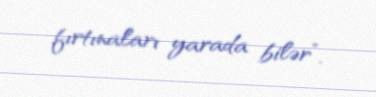
fırtınaları yarada bilər”.